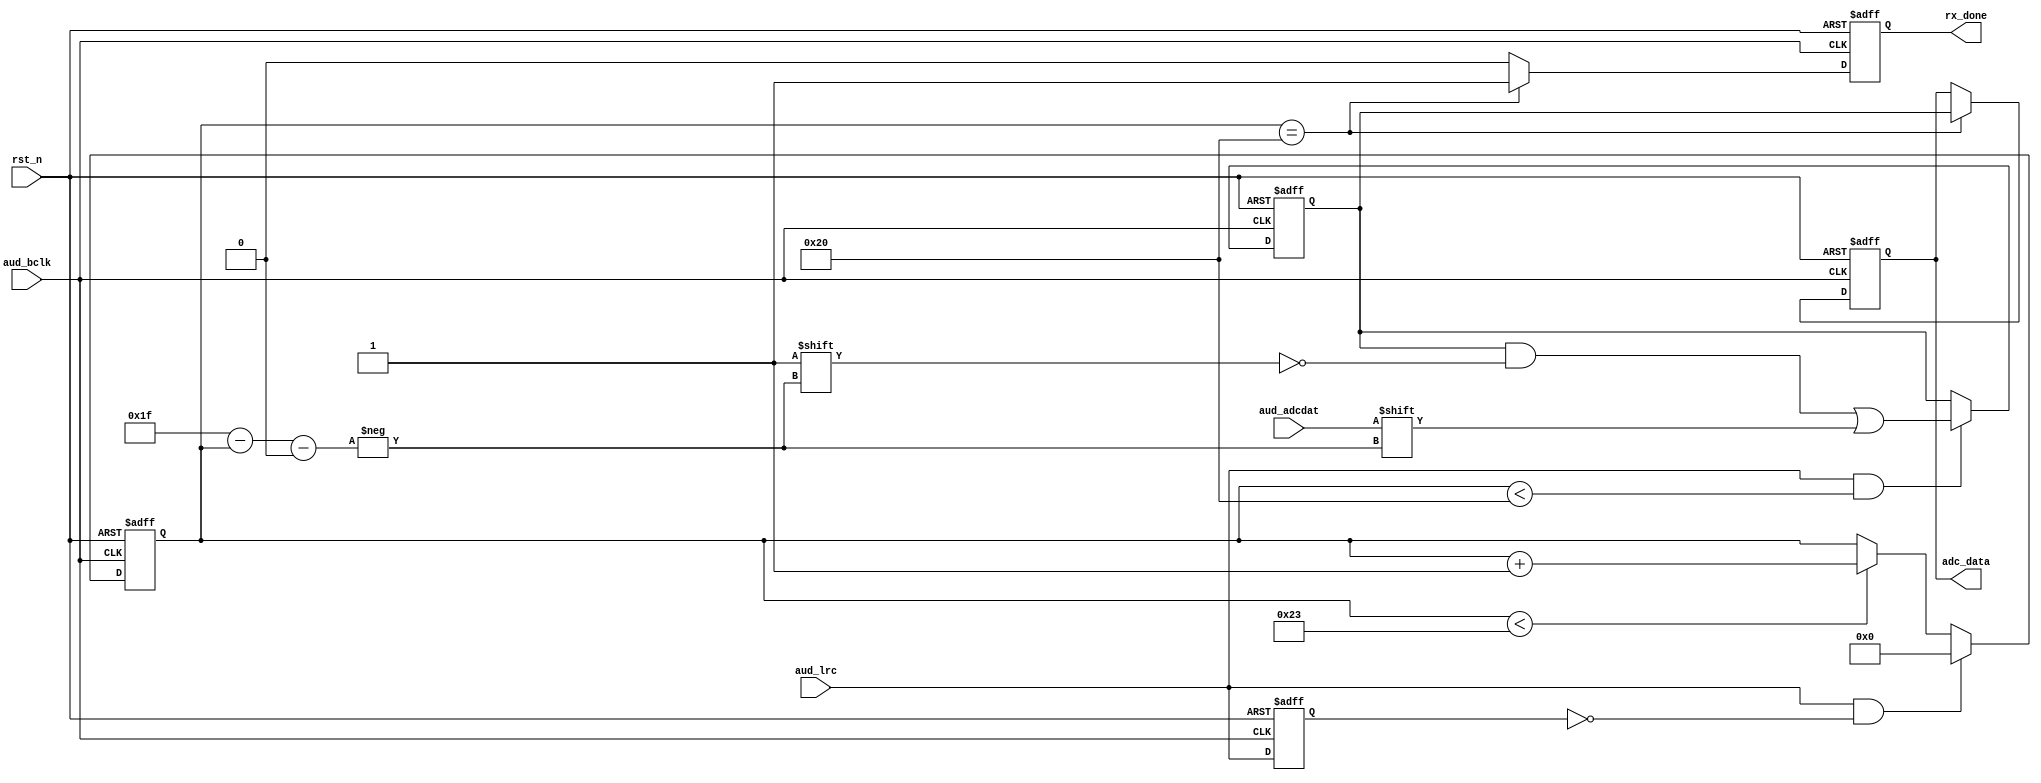
//****************************************Copyright (c)***********************************//
// : NC 
// ,  
// Copyright (c) 2020
// ALL right reserved
//----------------------------------------------------------------------------------------//
// Descriptions: 	
//----------------------------------------------------------------------------------------//
// Note:
//
//----------------------------------------------------------------------------------------//
//****************************************************************************************//



module audio_receive #(parameter WL = 6'd32) (      // WL(word length)
    //system clock 50MHz
    input                 rst_n     ,               // 

    //wm8978 interface
    input                 aud_bclk  ,               // WM8978
    input                 aud_lrc   ,               // 
    input                 aud_adcdat,               // ,wm8978

    //user interface
    output   reg          rx_done   ,               // FPGA,FIFO
    output   reg [31:0]   adc_data                  // FPGA,FFT
);

//reg define
reg              aud_lrc_d0;                        // aud_lrc
reg    [ 5:0]    rx_cnt;                            // 
reg    [31:0]    adc_data_t;                        // 

//wire define
wire             lrc_edge ;                         // 

//*****************************************************
//**                    main code
//*****************************************************




//aud_lrcAUD_BCLKaud_adcdat,
always @(posedge aud_bclk or negedge rst_n) begin
    if(!rst_n) begin
        aud_lrc_d0 <= 1'b0;
    end
    else
        aud_lrc_d0 <= aud_lrc;
end
assign   lrc_edge = aud_lrc & (~aud_lrc_d0);          // LRCFIR
//assign   lrc_edge = aud_lrc ^ aud_lrc_d0;           // LRC


//32
always @(posedge aud_bclk or negedge rst_n) begin
    if(!rst_n) begin
        rx_cnt <= 6'd0;
    end
    else if(lrc_edge == 1'b1)
        rx_cnt <= 6'd0;
    else if(rx_cnt < 6'd35)
        rx_cnt <= rx_cnt + 1'b1;
end

//
always @(posedge aud_bclk or negedge rst_n) begin
    if(!rst_n) begin
        adc_data_t <= 32'b0;
    end
    else if((aud_lrc) && (rx_cnt < WL))
        adc_data_t[WL - 1'd1 - rx_cnt] <= aud_adcdat;//aud_adcdat
end

//adc_data,rx_done,
always @(posedge aud_bclk or negedge rst_n) begin
    if(!rst_n) begin
        rx_done   <=  1'b0;
        adc_data  <= 32'b0;
    end
    else if(rx_cnt == 6'd32) begin
        rx_done <= 1'b1;//
        adc_data<= adc_data_t;//
    end
    else
        rx_done <= 1'b0;
end

endmodule